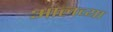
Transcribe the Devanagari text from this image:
आलव्या